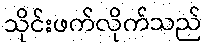
သိုင်းဖက်လိုက်သည်